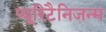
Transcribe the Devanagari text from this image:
प्यूरिटैनिजन्म